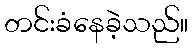
တင်းခံနေခဲ့သည်။